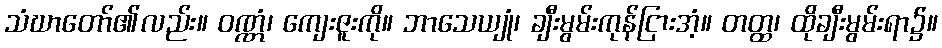
သံဃာတော်၏လည်း။ ဝဏ္ဏံ၊ ကျေးဇူးကို။ ဘာသေယျုံ၊ ချီးမွမ်းကုန်ငြားအံ့။ တတ္ထ၊ ထိုချီးမွမ်းရာ၌။